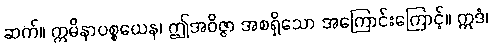
ဆက်။ ဣမိနာပစ္စယေန၊ ဤအဝိဇ္ဇာ အစရှိသော အကြောင်းကြောင့်။ ဣဒံ၊